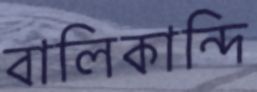
বালিকান্দি